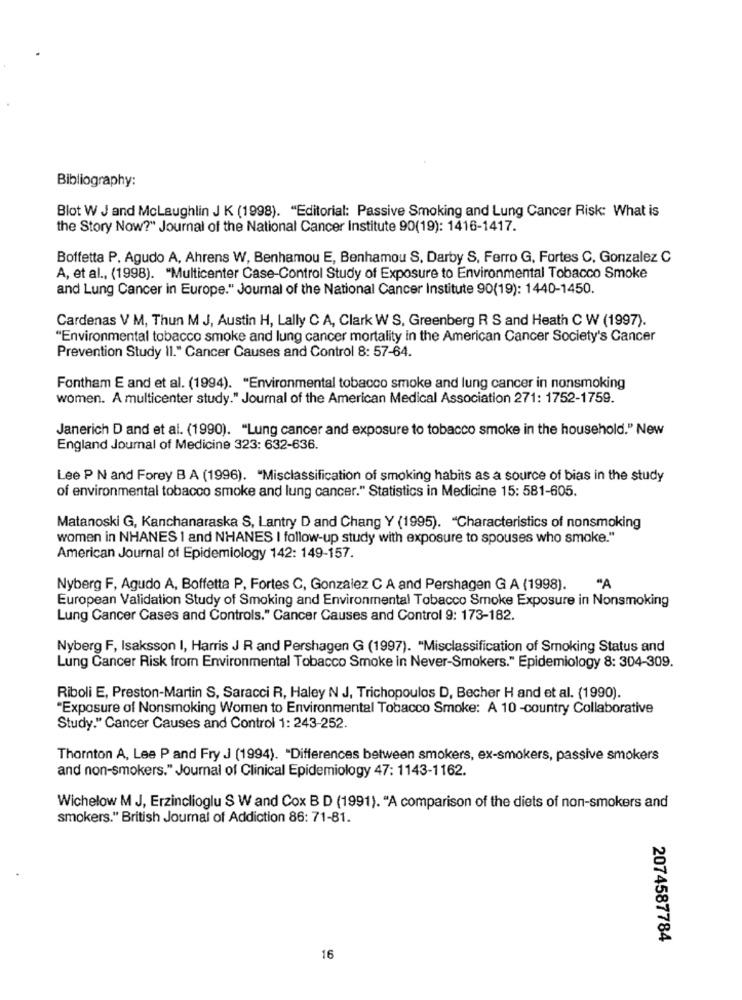
Bibliography:
Blot W J and Mclaughlin J K (1998). "Editorial: Passive Smoking and Lung Cancer Risk: What is
the Story Now?" Journal of the National Cancer Institute 90(19): 1416-1417.
Boffetta P. Agudo A, Ahrens W, Benhamou E, Benhamou S, Darby S, Ferro G, Fortes C, Gonzalez C
A, et al ., (1998). "Multicenter Case-Control Study of Exposure to Environmental Tobacco Smoke
and Lung Cancer in Europe." Journal of the National Cancer Institute 90(19): 1440-1450.
Cardenas V M, Thun M J, Austin H, Lally C A, Clark W S, Greenberg R S and Heath C W (1997).
"Environmental tobacco smoke and lung cancer mortality in the American Cancer Society's Cancer
Prevention Study Il." Cancer Causes and Control 8: 57-64.
Fontham E and et al. (1994). "Environmental tobacco smoke and lung cancer in nonsmoking
women. A multicenter study." Journal of the American Medical Association 271: 1752-1759.
Janerich D and et al. (1990). "Lung cancer and exposure to tobacco smoke in the household." New
England Journal of Medicine 323: 632-636.
Lee P N and Forey B A (1996). "Misclassification of smoking habits as a source of bias in the study
of environmental tobacco smoke and lung cancer." Statistics in Medicine 15: 581-605.
Matanoski G, Kanchanaraska S, Lantry D and Chang Y (1995). "Characteristics of nonsmoking
women in NHANES 1 and NHANES I follow-up study with exposure to spouses who smoke."
American Journal of Epidemiology 142: 149-157.
Nyberg F, Agudo A, Boffetta P, Fortes C, Gonzalez C A and Pershagen G A (1998).
"A
European Validation Study of Smoking and Environmental Tobacco Smoke Exposure in Nonsmoking
Lung Cancer Cases and Controls." Cancer Causes and Control 9: 173-182.
Nyberg F, Isaksson I, Harris J R and Pershagen G (1997). "Misclassification of Smoking Status and
Lung Cancer Risk from Environmental Tobacco Smoke in Never-Smokers." Epidemiology 8: 304-309.
Riboli E, Preston-Martin S, Saracci R, Haley N J, Trichopoulos D, Becher H and et al. (1990).
"Exposure of Nonsmoking Women to Environmental Tobacco Smoke: A 10 -country Collaborative
Study." Cancer Causes and Control 1: 243-252.
Thornton A, Lee P and Fry J (1994). "Differences between smokers, ex-smokers, passive smokers
and non-smokers." Journal of Clinical Epidemiology 47: 1143-1162.
Wichelow M J, Erzinclioglu S W and Cox B D (1991). "A comparison of the diets of non-smokers and
smokers." British Journal of Addiction 86: 71-81.
2074587784
16